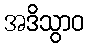
အဒိသွာဝ